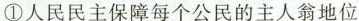
①人民民主保障每个公民的主人翁地位